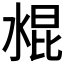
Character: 𰜁